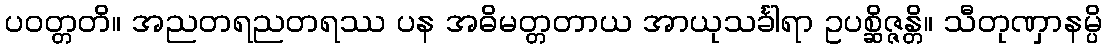
ပဝတ္တတိ။ အညတရညတရဿ ပန အဓိမတ္တတာယ အာယုသင်္ခါရာ ဥပစ္ဆိဇ္ဇန္တိ။ သီတုဏှာနမ္ပိ